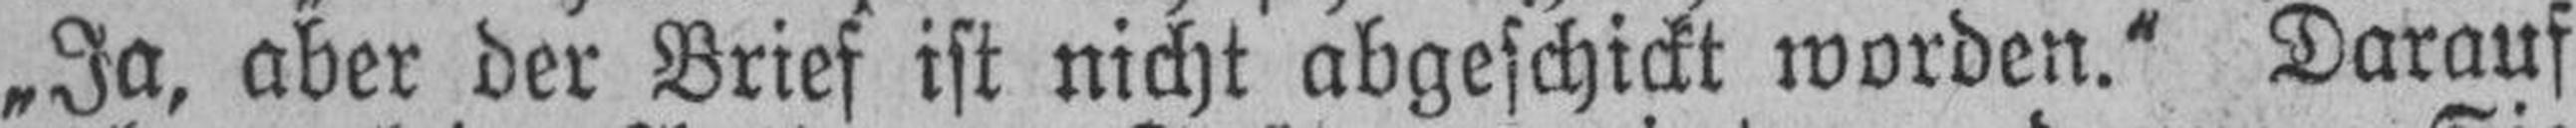
„Ja, aber der Brief ist nicht abgeschickt worden.“ Darauf